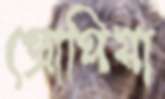
প্রোপিয়া